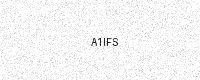
Text: A1IFS